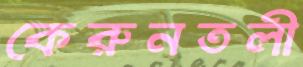
কেরুনতলী